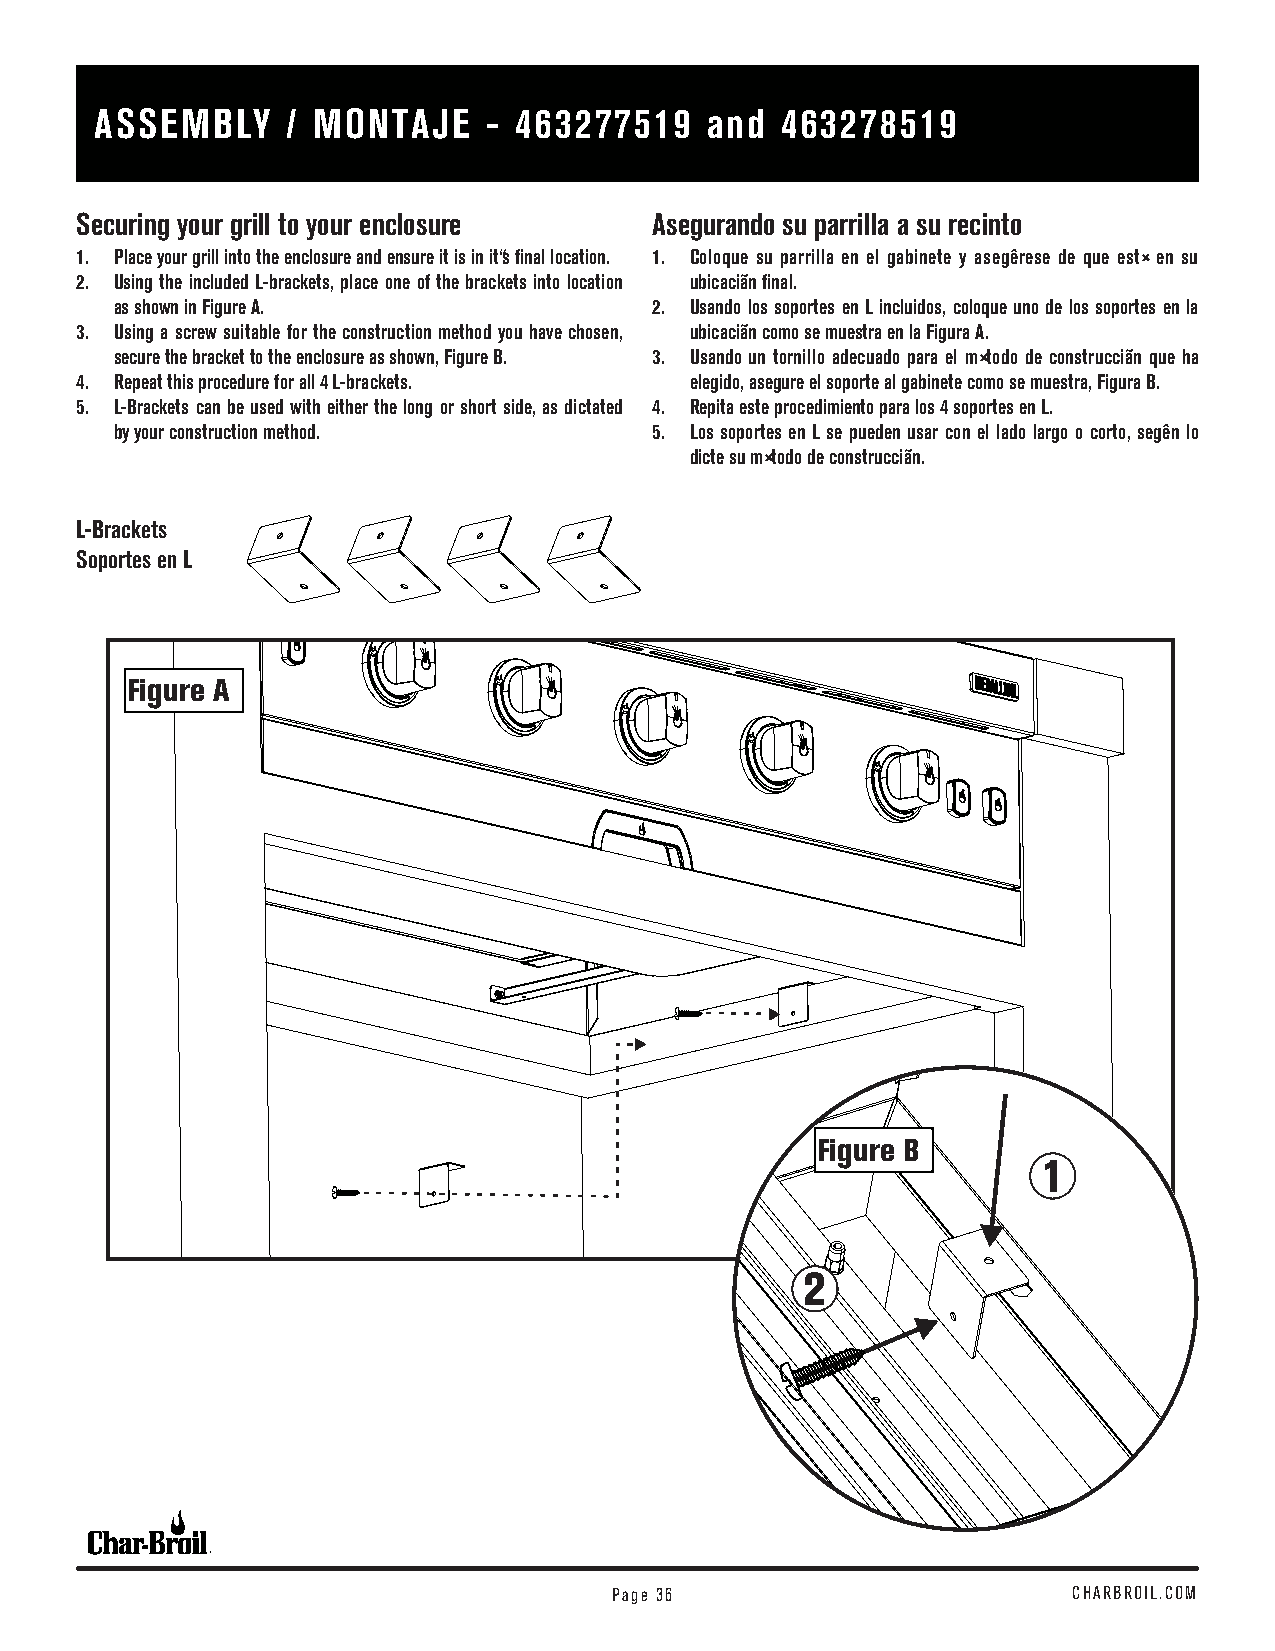
ASSEMBLY     / MONTAJE    - 463277519    and  463278519
 Securing your grill to your enclosure Asegurando su parrilla a su recinto
 1. Place your grill into the enclosure and ensure it is in it's final location. 1. Coloque su parrilla en el gabinete y asegúrese de que esté en su
 2. Using the included L-brackets, place one of the brackets into location ubicación final.
 as shown in Figure A.              2. Usando los soportes en L incluidos, coloque uno de los soportes en la
 3. Using a screw suitable for the construction method you have chosen, ubicación como se muestra en la Figura A.
 secure the bracket to the enclosure as shown, Figure B. 3. Usando un tornillo adecuado para el método de construcción que ha
 4. Repeat this procedure for all 4 L-brackets. elegido, asegure el soporte al gabinete como se muestra, Figura B.
 5. L-Brackets can be used with either the long or short side, as dictated 4. Repita este procedimiento para los 4 soportes en L.
 by your construction method.       5. Los soportes en L se pueden usar con el lado largo o corto, según lo
 dicte su método de construcción.
 L-Brackets
 Soportes en L
 Figure A
 Figure B
 1
 2
 Page 36                       CHARBROIL.COM